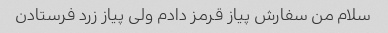
سلام من سفارش پیاز قرمز دادم ولی پیاز زرد فرستادن